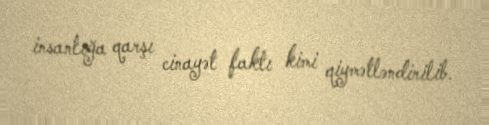
insanlığa qarşı cinayət faktı kimi qiymətləndirilib.